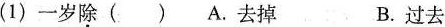
(1)一岁除()A.去掉 B.过去